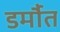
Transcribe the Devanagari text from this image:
डर्मौत